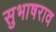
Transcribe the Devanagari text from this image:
सुभाषराव